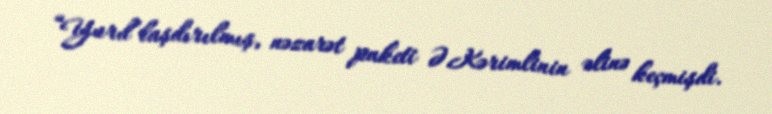
“Yurd”laşdırılmış, nəzarət paketi Ə.Kərimlinin əlinə keçmişdi.